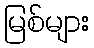
မြစ်များ